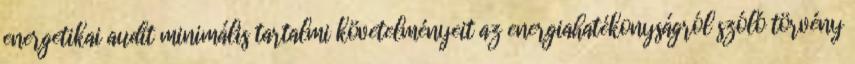
energetikai audit minimális tartalmi követelményeit az energiahatékonyságról szóló törvény